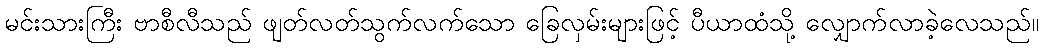
မင်းသားကြီး ဗာစီလီသည် ဖျတ်လတ်သွက်လက်သော ခြေလှမ်းများဖြင့် ပီယာထံသို့ လျှောက်လာခဲ့လေသည်။